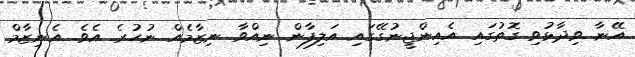
އޭނާ ވިދާޅުވި ގޮތުގައި އެއިންޖީނުގޭގައި އަލިފާން ނިއްވާ ނިޒާމެއް ނުހުރެ އެވެ. އެނިޒާމް